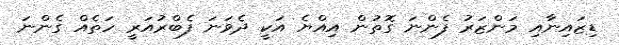
ޑިޒައިނާއި މަންޒަރު ފެންނަ ގޮތުން އިއްޔެ އަކީ ދެވަނަ ފެބްރުއަރީ ހަތެއް ގެންނަ